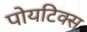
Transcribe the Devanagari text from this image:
पोयटिक्स